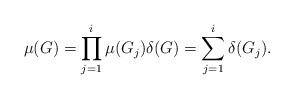
\begin{align*}\mu(G) = \prod_{j=1}^i \mu(G_j) \delta(G) = \sum_{j=1}^i \delta(G_j).\end{align*}